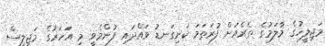
މަޖިލީހުގެ މާލަމުގެ ތެރެއަށް ފުރަތަމަ ކަށިގަނޑު ވައްދައި ފުންމެވީ މި އަހަރުގެ މަޖިލިސް